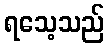
ရသေ့သည်